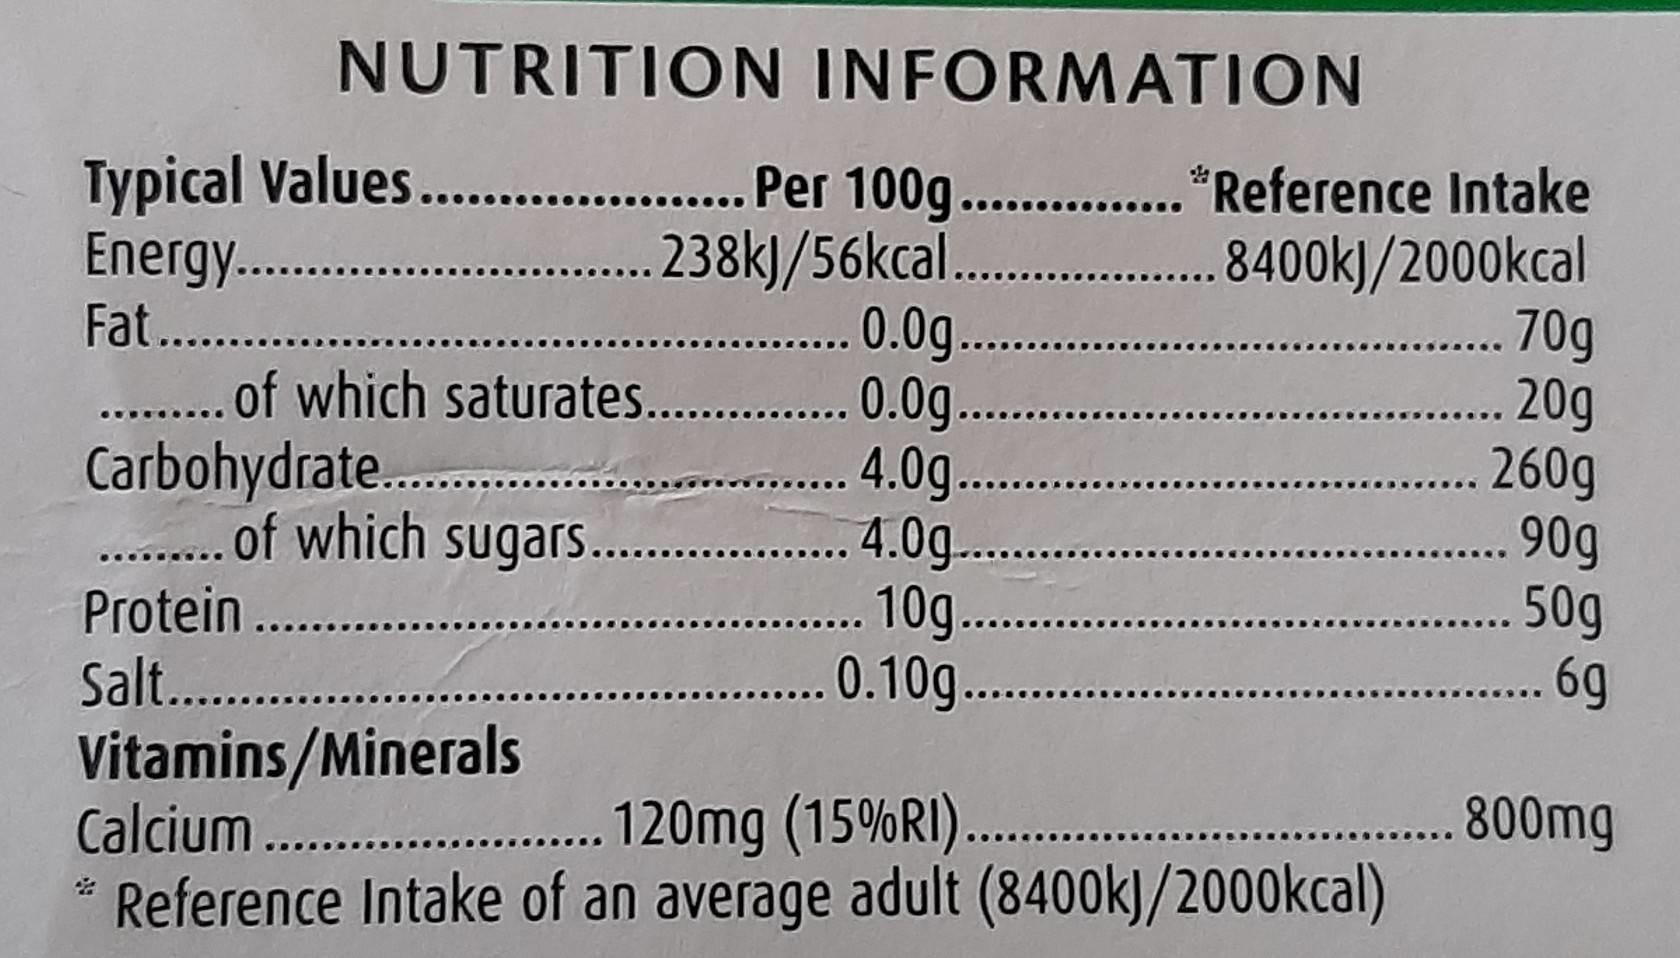
NUTRITION INFORMATION
Typical Values.. Energy. . Fat.
Per 100g .. "Reference Intake .238k)/56kcal .8400k)/200okcal .0.0g..
. of which saturates. .0.. Carbohydrate. .of which sugars. . 4.0g . Protein. Salt..
70g . 20g .260g 90g . 50g 6g
. .0g.
. 1. .10g.
Vitamins/Minerals Calcium.. Reference Intake of an average adult (8400k)/2000kcal)
. 120mg (15%RI) .
..800mg